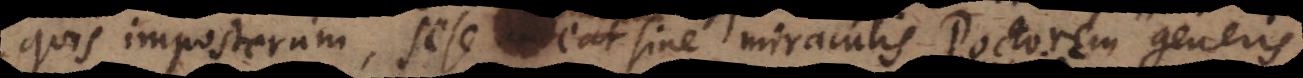
quis imposterum sese audeat sine miraculis Doctorem generis